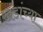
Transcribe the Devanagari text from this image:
खंडांच्‍या